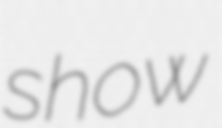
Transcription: show